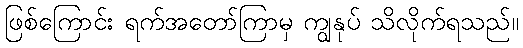
ဖြစ်ကြောင်း ရက်အတော်ကြာမှ ကျွနုပ် သိလိုက်ရသည်။